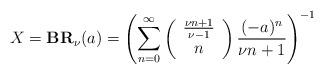
LaTeX: \begin{align*}X=\textbf{BR}_{\nu}(a)=\left(\sum^{\infty}_{n=0}\left(\begin{array}{cc}\frac{\nu n+1}{\nu-1}\\n\end{array}\right)\frac{(-a)^n}{\nu n+1}\right)^{-1}\end{align*}